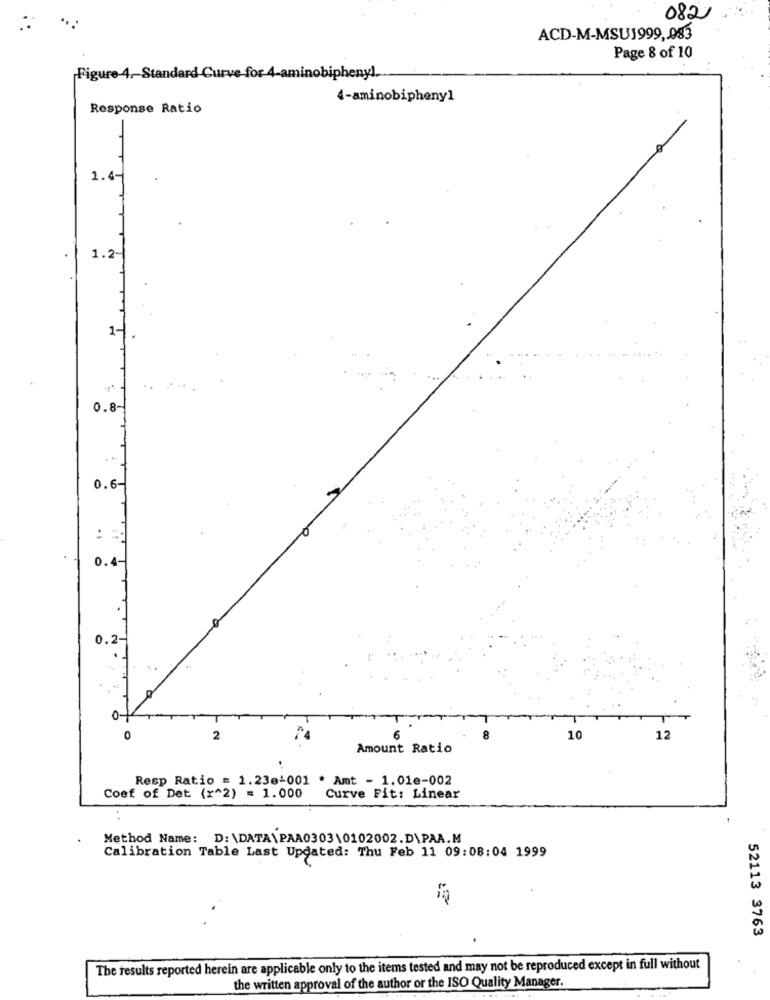
082
ACD-M-MSU1999, 083
Page 8 of 10
Figure 4 .- Standard Curve for 4-aminobiphenyl.
4-aminobipheny1
Response Ratio
1.4-
1.2
1-
0.8
0.6 -
:
0.4
0.2-
0
2
6
8
10
12
Amount Ratio
Resp Ratio = 1.23e+001 * Amt - 1.01e-002
Coef of Det (x^2) = 1.000
Curve Fit: Linear
Method Name: D:\DATA\PAA0303\0102002.D\PAA.M
Calibration Table Last Updated: Thu Feb 11 09:08:04 1999
52113 3763
.
The results reported herein are applicable only to the items tested and may not be reproduced except in full without
the written approval of the author or the ISO Quality Manager.